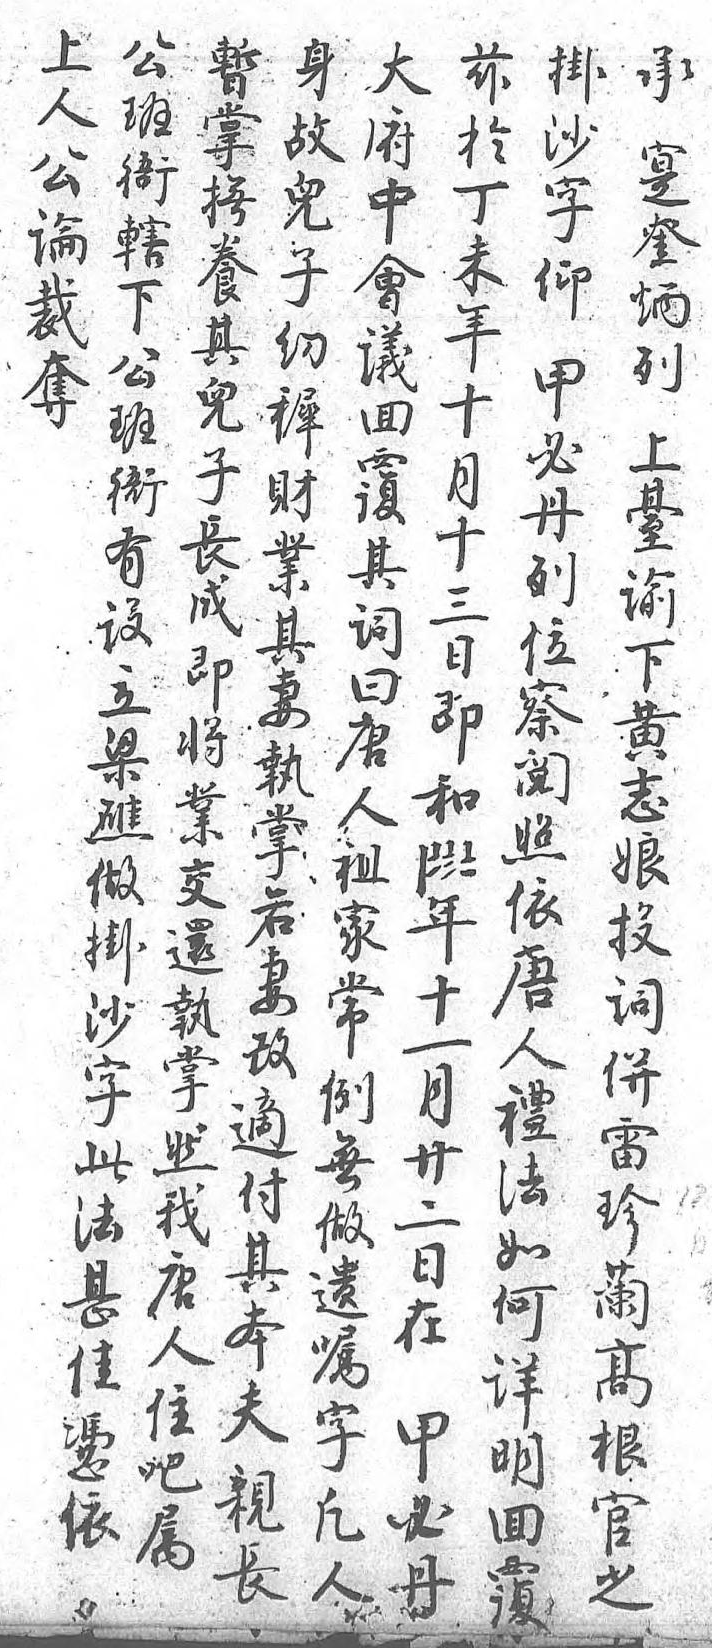
暫大上身公兹承掛掌府人故班於實沙撫中公兒衙丁奎字養會論子轄未炳仰其議裁幼下年列甲兒回奪穉公十上必子覆 財班月臺丹長其 業衙十諭列成詞 其有三下位即曰 妻設日黄察將唐 執立即志閱業人 掌梁和娘照交祖 若礁1投依還家 妻做7詞唐執常 改掛8並人掌例 適沙7雷禮然無 付字年珍法我做 其此十蘭如唐遺 本法一高何人囑 夫甚月根詳住字 親佳廿宣明吧凡 長憑二之回屬人  依日 覆     在       甲       必       丹